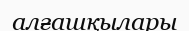
алғашқылары